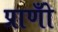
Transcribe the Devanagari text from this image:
प्राणोँ